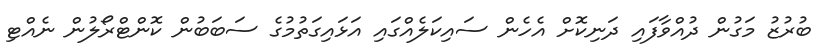
ބުރުޒު މަގުން ދުއްވާފައި ދަނިކޮށް އެހެން ސައިކަލެއްގައި އަޅައިގަތުމުގެ ސަބަބުން ކޮންޓްރޯލުން ނެއްޓި